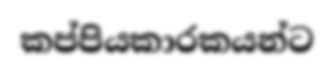
කප්පියකාරකයන්ට